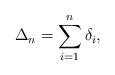
LaTeX: \begin{align*}\Delta_n = \sum_{i = 1}^{n} \delta_i,\end{align*}